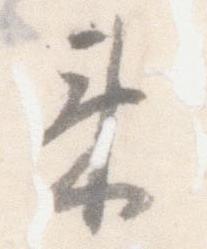
来